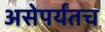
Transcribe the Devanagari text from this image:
असेपर्यंतच